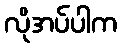
လိုအပ်ပါက